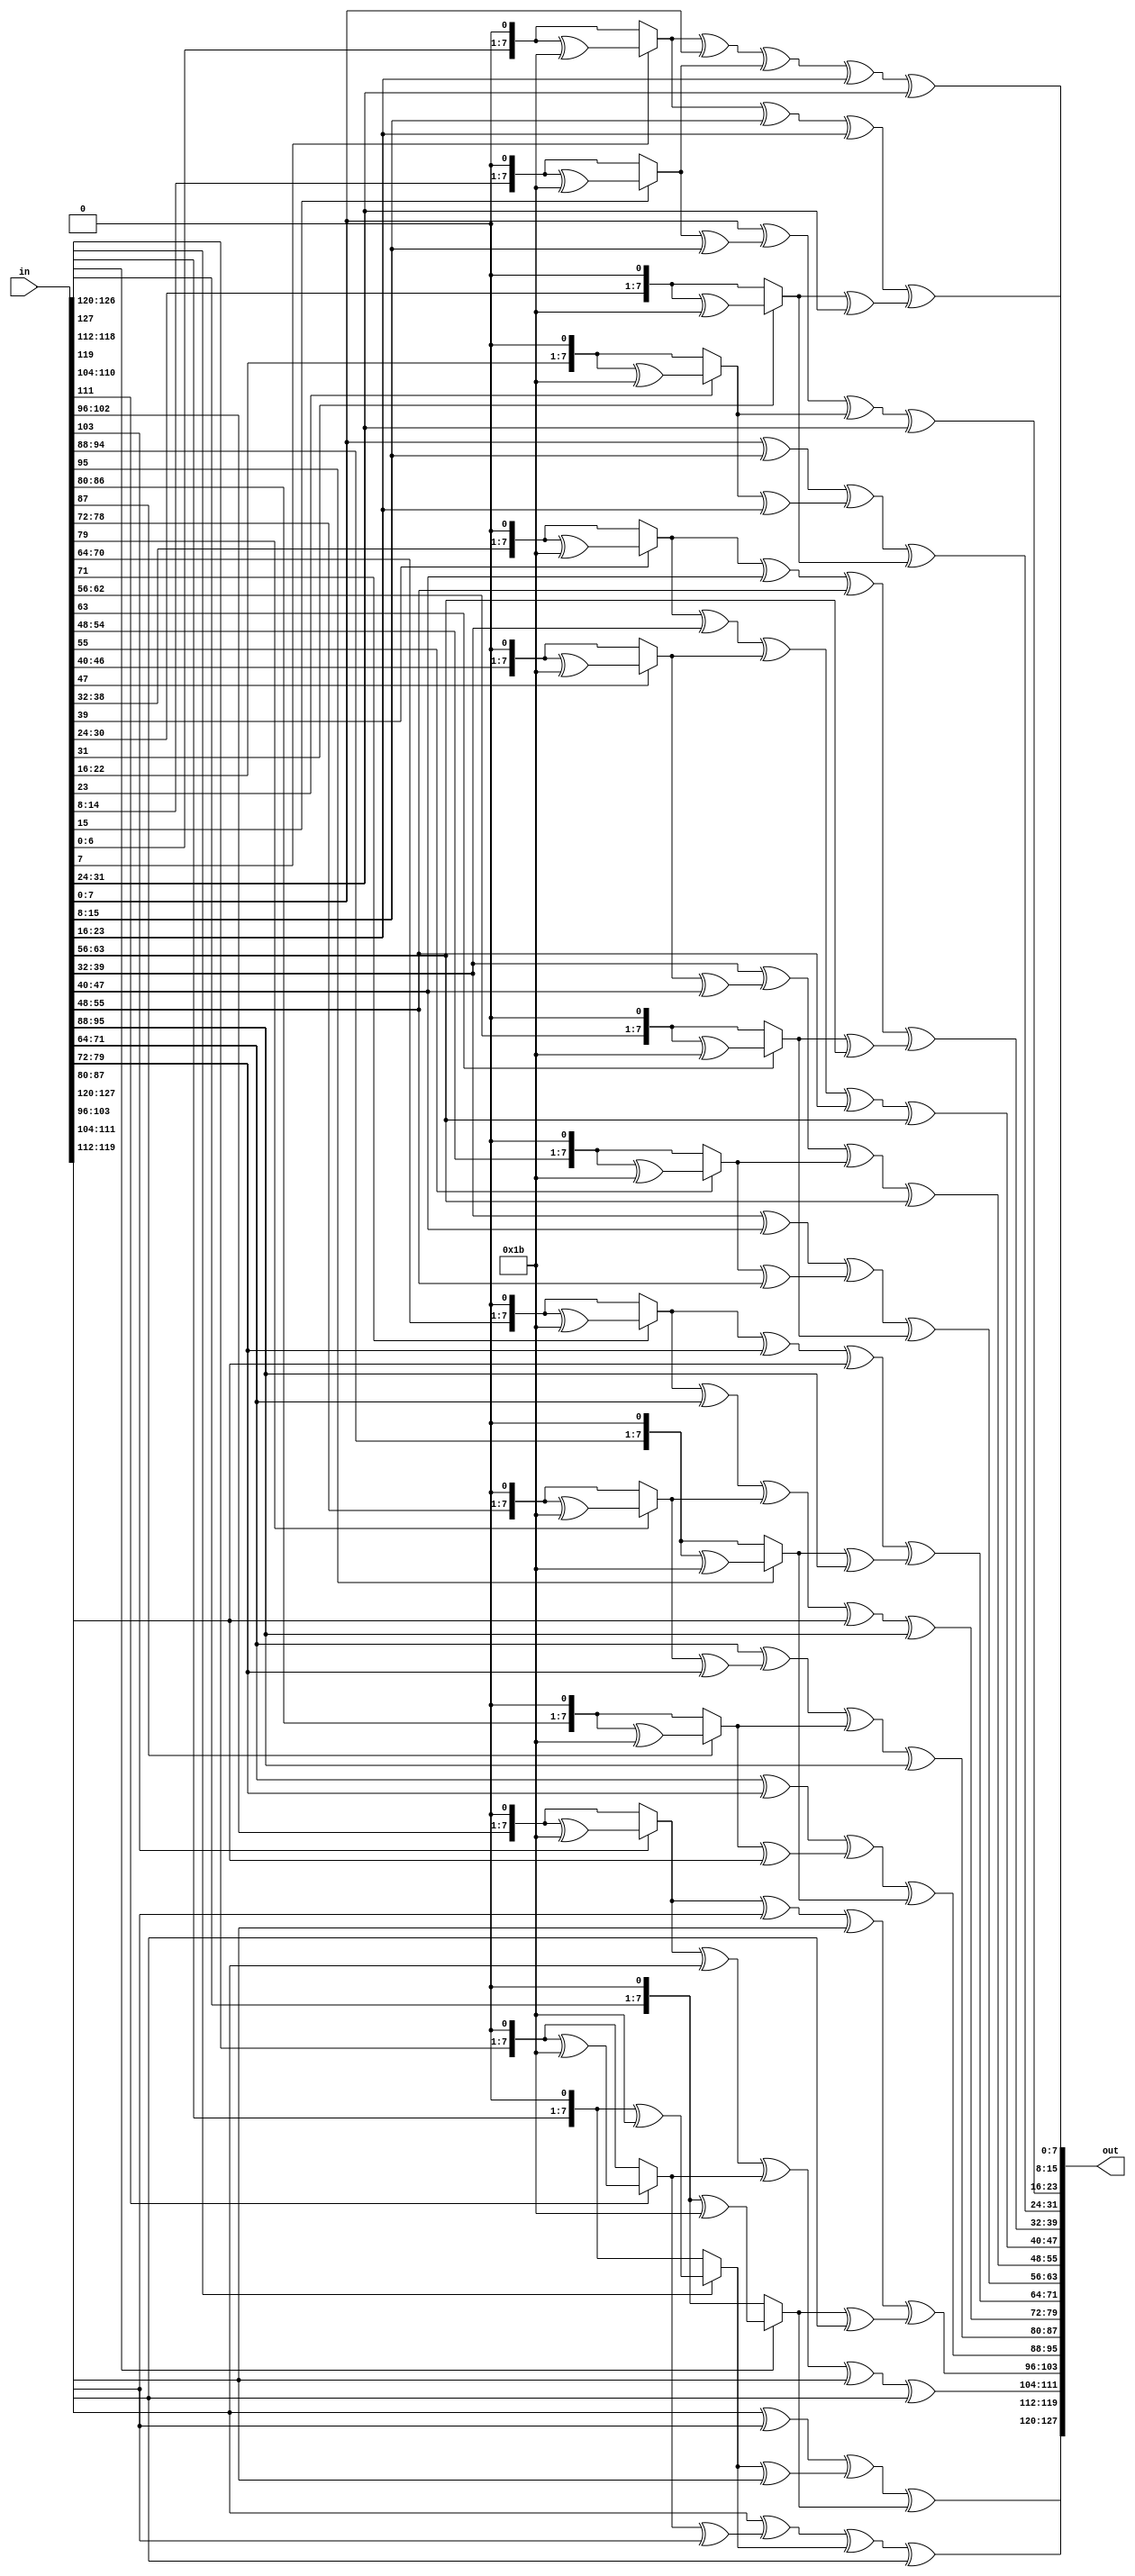
module mixcolumns(
    input [127:0] in,
    output [127:0] out
);

function [7:0] mb2;
	input [7:0] x;
		begin 
		/* multiplication by 2 is shifting on bit to the left,
		and if the num a 1 @ MSB, xor the result with 0001 1011*/
		
		if(x[7] == 1) mb2 = ((x << 1) ^ 8'h1b);
		else mb2 = x << 1;
	end 	
endfunction

function [7:0] mb3;
	input [7:0] x;
	begin 
		/* multiplication by 3 = (NUM) XOR (NUM Muliplication by 2) */
		mb3 = mb2(x) ^ x;
	end 
endfunction
	
	
genvar i;

generate
	for(i=0;i<=3;i=i+1) begin : main_calculation

	 assign out[i*32+:8]  			= mb2(in[(i*32)+:8])	^ (in[(i*32 + 8)+:8])		^ (in[(i*32 + 16)+:8])		^ mb3(in[(i*32 + 24)+:8]);
	 assign out[(i*32 + 8)+:8] 	= mb3(in[(i*32)+:8])	^ mb2(in[(i*32 + 8)+:8])	^ (in[(i*32 + 16)+:8])		^ (in[(i*32 + 24)+:8]);
	 assign out[(i*32 + 16)+:8] 	= (in[(i*32)+:8])		^ mb3(in[(i*32 + 8)+:8])	^ mb2(in[(i*32 + 16)+:8])	^ (in[(i*32 + 24)+:8]);
	 assign out[(i*32 + 24)+:8] 	= (in[(i*32)+:8])		^ (in[(i*32 + 8)+:8])		^ mb3(in[(i*32 + 16)+:8])	^ mb2(in[(i*32 + 24)+:8]);
	end
endgenerate

endmodule